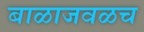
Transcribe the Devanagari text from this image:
बाळाजवळच